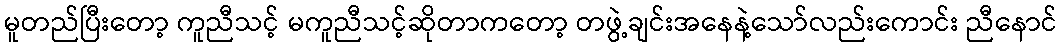
မူတည်ပြီးတော့ ကူညီသင့် မကူညီသင့်ဆိုတာကတော့ တဖွဲ့ချင်းအနေနဲ့သော်လည်းကောင်း ညီနောင်